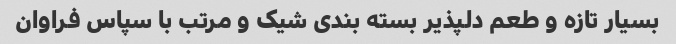
بسیار تازه و طعم دلپذیر بسته بندی شیک و مرتب با سپاس فراوان